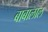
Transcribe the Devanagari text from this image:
बाबालाल